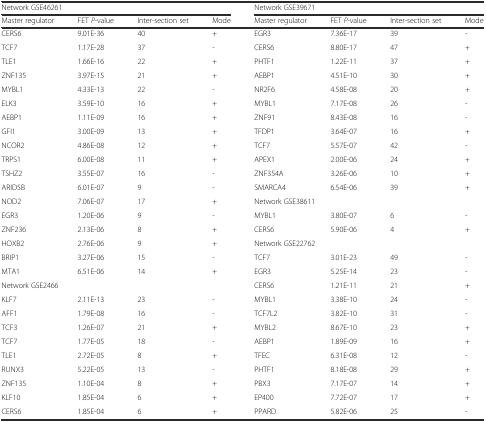
<table><thead><tr><td colspan="4"><b>Network GSE46261</b></td><td colspan="4"><b>Network GSE39671</b></td></tr><tr><td><b>Master regulator</b></td><td><b>FET <i>P</i>-value</b></td><td><b>Inter-section set</b></td><td><b>Mode</b></td><td><b>Master regulator</b></td><td><b>FET <i>P</i>-value</b></td><td><b>Inter-section set</b></td><td><b>Mode</b></td></tr></thead><tbody><tr><td>CERS6</td><td>9.01E-36</td><td>40</td><td>+</td><td>EGR3</td><td>7.36E-17</td><td>39</td><td>-</td></tr><tr><td>TCF7</td><td>1.17E-28</td><td>37</td><td>-</td><td>CERS6</td><td>8.80E-17</td><td>47</td><td>+</td></tr><tr><td>TLE1</td><td>1.66E-16</td><td>22</td><td>+</td><td>PHTF1</td><td>1.22E-11</td><td>37</td><td>+</td></tr><tr><td>ZNF135</td><td>3.97E-15</td><td>21</td><td>+</td><td>AEBP1</td><td>4.51E-10</td><td>30</td><td>+</td></tr><tr><td>MYBL1</td><td>4.33E-13</td><td>22</td><td>-</td><td>NR2F6</td><td>4.58E-08</td><td>20</td><td>+</td></tr><tr><td>ELK3</td><td>3.59E-10</td><td>16</td><td>+</td><td>MYBL1</td><td>7.17E-08</td><td>26</td><td>-</td></tr><tr><td>AEBP1</td><td>1.11E-09</td><td>16</td><td>+</td><td>ZNF91</td><td>8.43E-08</td><td>16</td><td>-</td></tr><tr><td>GFI1</td><td>3.00E-09</td><td>13</td><td>+</td><td>TFDP1</td><td>3.64E-07</td><td>16</td><td>+</td></tr><tr><td>NCOR2</td><td>4.86E-08</td><td>12</td><td>+</td><td>TCF7</td><td>5.57E-07</td><td>42</td><td>-</td></tr><tr><td>TRPS1</td><td>6.00E-08</td><td>11</td><td>+</td><td>APEX1</td><td>2.00E-06</td><td>24</td><td>+</td></tr><tr><td>TSHZ2</td><td>3.55E-07</td><td>16</td><td>-</td><td>ZNF354A</td><td>3.26E-06</td><td>10</td><td>+</td></tr><tr><td>ARID5B</td><td>6.01E-07</td><td>9</td><td>-</td><td>SMARCA4</td><td>6.54E-06</td><td>39</td><td>+</td></tr><tr><td>NOD2</td><td>7.06E-07</td><td>17</td><td>+</td><td colspan="4">Network GSE38611</td></tr><tr><td>EGR3</td><td>1.20E-06</td><td>9</td><td>-</td><td>MYBL1</td><td>3.80E-07</td><td>6</td><td>-</td></tr><tr><td>ZNF236</td><td>2.13E-06</td><td>8</td><td>+</td><td>CERS6</td><td>5.90E-06</td><td>4</td><td>+</td></tr><tr><td>HOXB2</td><td>2.76E-06</td><td>9</td><td>+</td><td colspan="4">Network GSE22762</td></tr><tr><td>BRIP1</td><td>3.27E-06</td><td>15</td><td>-</td><td>TCF7</td><td>3.01E-23</td><td>49</td><td>-</td></tr><tr><td>MTA1</td><td>6.51E-06</td><td>14</td><td>+</td><td>EGR3</td><td>5.25E-14</td><td>23</td><td>-</td></tr><tr><td colspan="4">Network GSE2466</td><td>CERS6</td><td>1.21E-11</td><td>21</td><td>+</td></tr><tr><td>KLF7</td><td>2.11E-13</td><td>23</td><td>-</td><td>MYBL1</td><td>3.38E-10</td><td>24</td><td>-</td></tr><tr><td>AFF1</td><td>1.79E-08</td><td>16</td><td>-</td><td>TCF7L2</td><td>3.82E-10</td><td>31</td><td>-</td></tr><tr><td>TCF3</td><td>1.26E-07</td><td>21</td><td>+</td><td>MYBL2</td><td>8.67E-10</td><td>23</td><td>+</td></tr><tr><td>TCF7</td><td>1.77E-05</td><td>18</td><td>-</td><td>AEBP1</td><td>1.89E-09</td><td>16</td><td>+</td></tr><tr><td>TLE1</td><td>2.72E-05</td><td>8</td><td>+</td><td>TFEC</td><td>6.31E-08</td><td>12</td><td>-</td></tr><tr><td>RUNX3</td><td>5.22E-05</td><td>13</td><td>-</td><td>PHTF1</td><td>8.18E-08</td><td>29</td><td>+</td></tr><tr><td>ZNF135</td><td>1.10E-04</td><td>8</td><td>+</td><td>PBX3</td><td>7.17E-07</td><td>14</td><td>+</td></tr><tr><td>KLF10</td><td>1.85E-04</td><td>6</td><td>+</td><td>EP400</td><td>7.72E-07</td><td>17</td><td>+</td></tr><tr><td>CERS6</td><td>1.85E-04</td><td>6</td><td>+</td><td>PPARD</td><td>5.82E-06</td><td>25</td><td>-</td></tr></tbody></table>